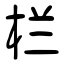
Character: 栏